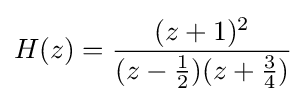
H(z)={\frac {(z+1)^{2}}{(z-{\frac {1}{2}})(z+{\frac {3}{4}})}}